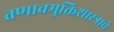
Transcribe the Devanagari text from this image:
तणावमुक्तिशास्त्राचे